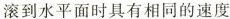
滚到水平面时具有相同的速度